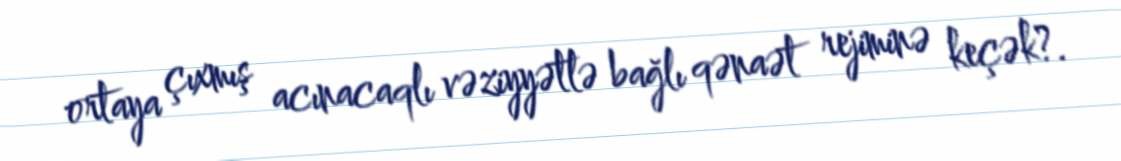
ortaya çıxmış acınacaqlı vəziyyətlə bağlı qənaət rejiminə keçək?.